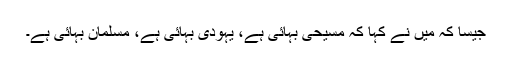
جیسا کہ مَیں نے کہا کہ مسیحی بہائی ہے، یہودی بہائی ہے، مسلمان بہائی ہے۔